Indian journal of veterinary science and animal husbandry - Volume 5,
Year: 1935
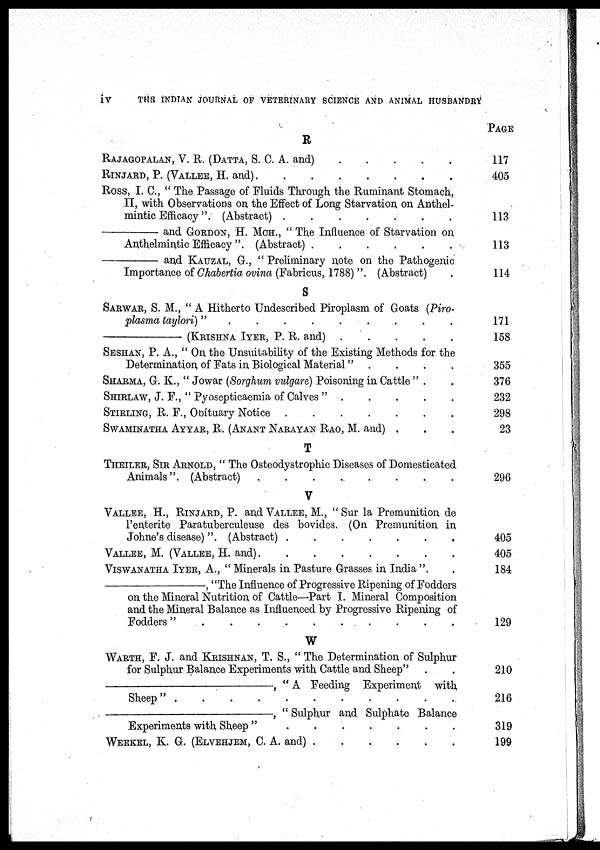
iv
THE INDIAN JOURNAL OF VETERINARY SCIENCE AND ANIMAL HUSBANDRY
R
RAJAGOPALAN, V. R. (DATTA, S. C. A. and) . . . . .
RINJARD, P. (VALLEE, H. and) . . . . . . . . . .
ROSS, I. C., " The. Passage of Fluids Through, the Ruminant Stomach,
II, with Observations on the Effect of Long Starvation on Anthel-
mintic Efficacy". (Abstract) . . . . . . . . . .
—and
GORDON,
H. MCH., " The Influence of Starvation on
Anthelmintic Efficacy". (Abstract) . . . . . . . . . .
—
and KAUZAL, G., " Preliminary note on the Pathogenic
Importance of Chabertia ovina (Fabricus, 1788) ". (Abstract) .
S
SARWAR, S. M., " A Hitherto Undescribed Piroplasm of Goats (Piro-
plasma taylori) " . . . . . . . . . .
—(KRISHNA
IYER,
P. R. and)
.
.
.
.
.
SESHAN, P. A., " On the Unsuitability of the Existing Methods for the
Determination of Fats in Biological Material" . . . . . . . . . .
SHARMA, G. K., " Jowar (Sorghum vulgare) Poisoning in Cattle " . .
SHIRLAW, J. F., " Pyosepticaemia of Calves"
.
.
.
.
.
.
STIRLING, R. F., Obituary Notice . . . . . . . . . .
SWAMINATHA AYYAR, R. (ANANT NARAYAN RAO, M. and) . . .
T
THEILER, SIR ARNOLD, " The Osteodystrophic Diseases of Domesticated
Animals". (Abstract) . . . . . . . . . .
V
VALLEE, H., RINJARD, P. and VALLEE, M., " Sur la Premunition de
l'enterite Paratuberculeuse des bovides. (On Premunition in
Johne's disease) ". (Abstract)
.
.
.
.
.
.
.
VALLEE, M. (VALLEE, H. and) . . . . . . . . . .
VISWANATHA IYER, A., " Minerals in Pasture Grasses in India ". .
—,
"The Influence of Progressive Ripening of Fodders
on the Mineral Nutrition of Cattle—Part I. Mineral Composition
and the Mineral Balance as Influenced by Progressive Ripening of
Fodders" . . . . . . . . . .
W
WARTH, F. J. and KRISHNAN, T. S., " The Determination of Sulphur
for Sulphur Balance Experiments with Cattle and Sheep" . .
—,
" A Feeding Experiment with
Sheep" . . . . . . . . . .
—,
" Sulphur and Sulphate Balance
Experiments with Sheep " . . . . . . . . . .
WEEKEL, K. G. (ELVEHJEM, C. A. and) . . . . . . . . . .
PAGE
117
405
113
113
114
171
158
355
376
232
298
23
296
405
405
184
129
210
216
319
199